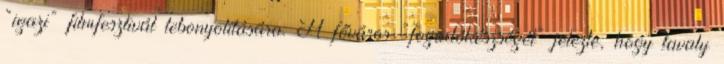
“igazi” filmfesztivál lebonyolítására. A főváros “fogadókészségét” jelezte, hogy tavaly